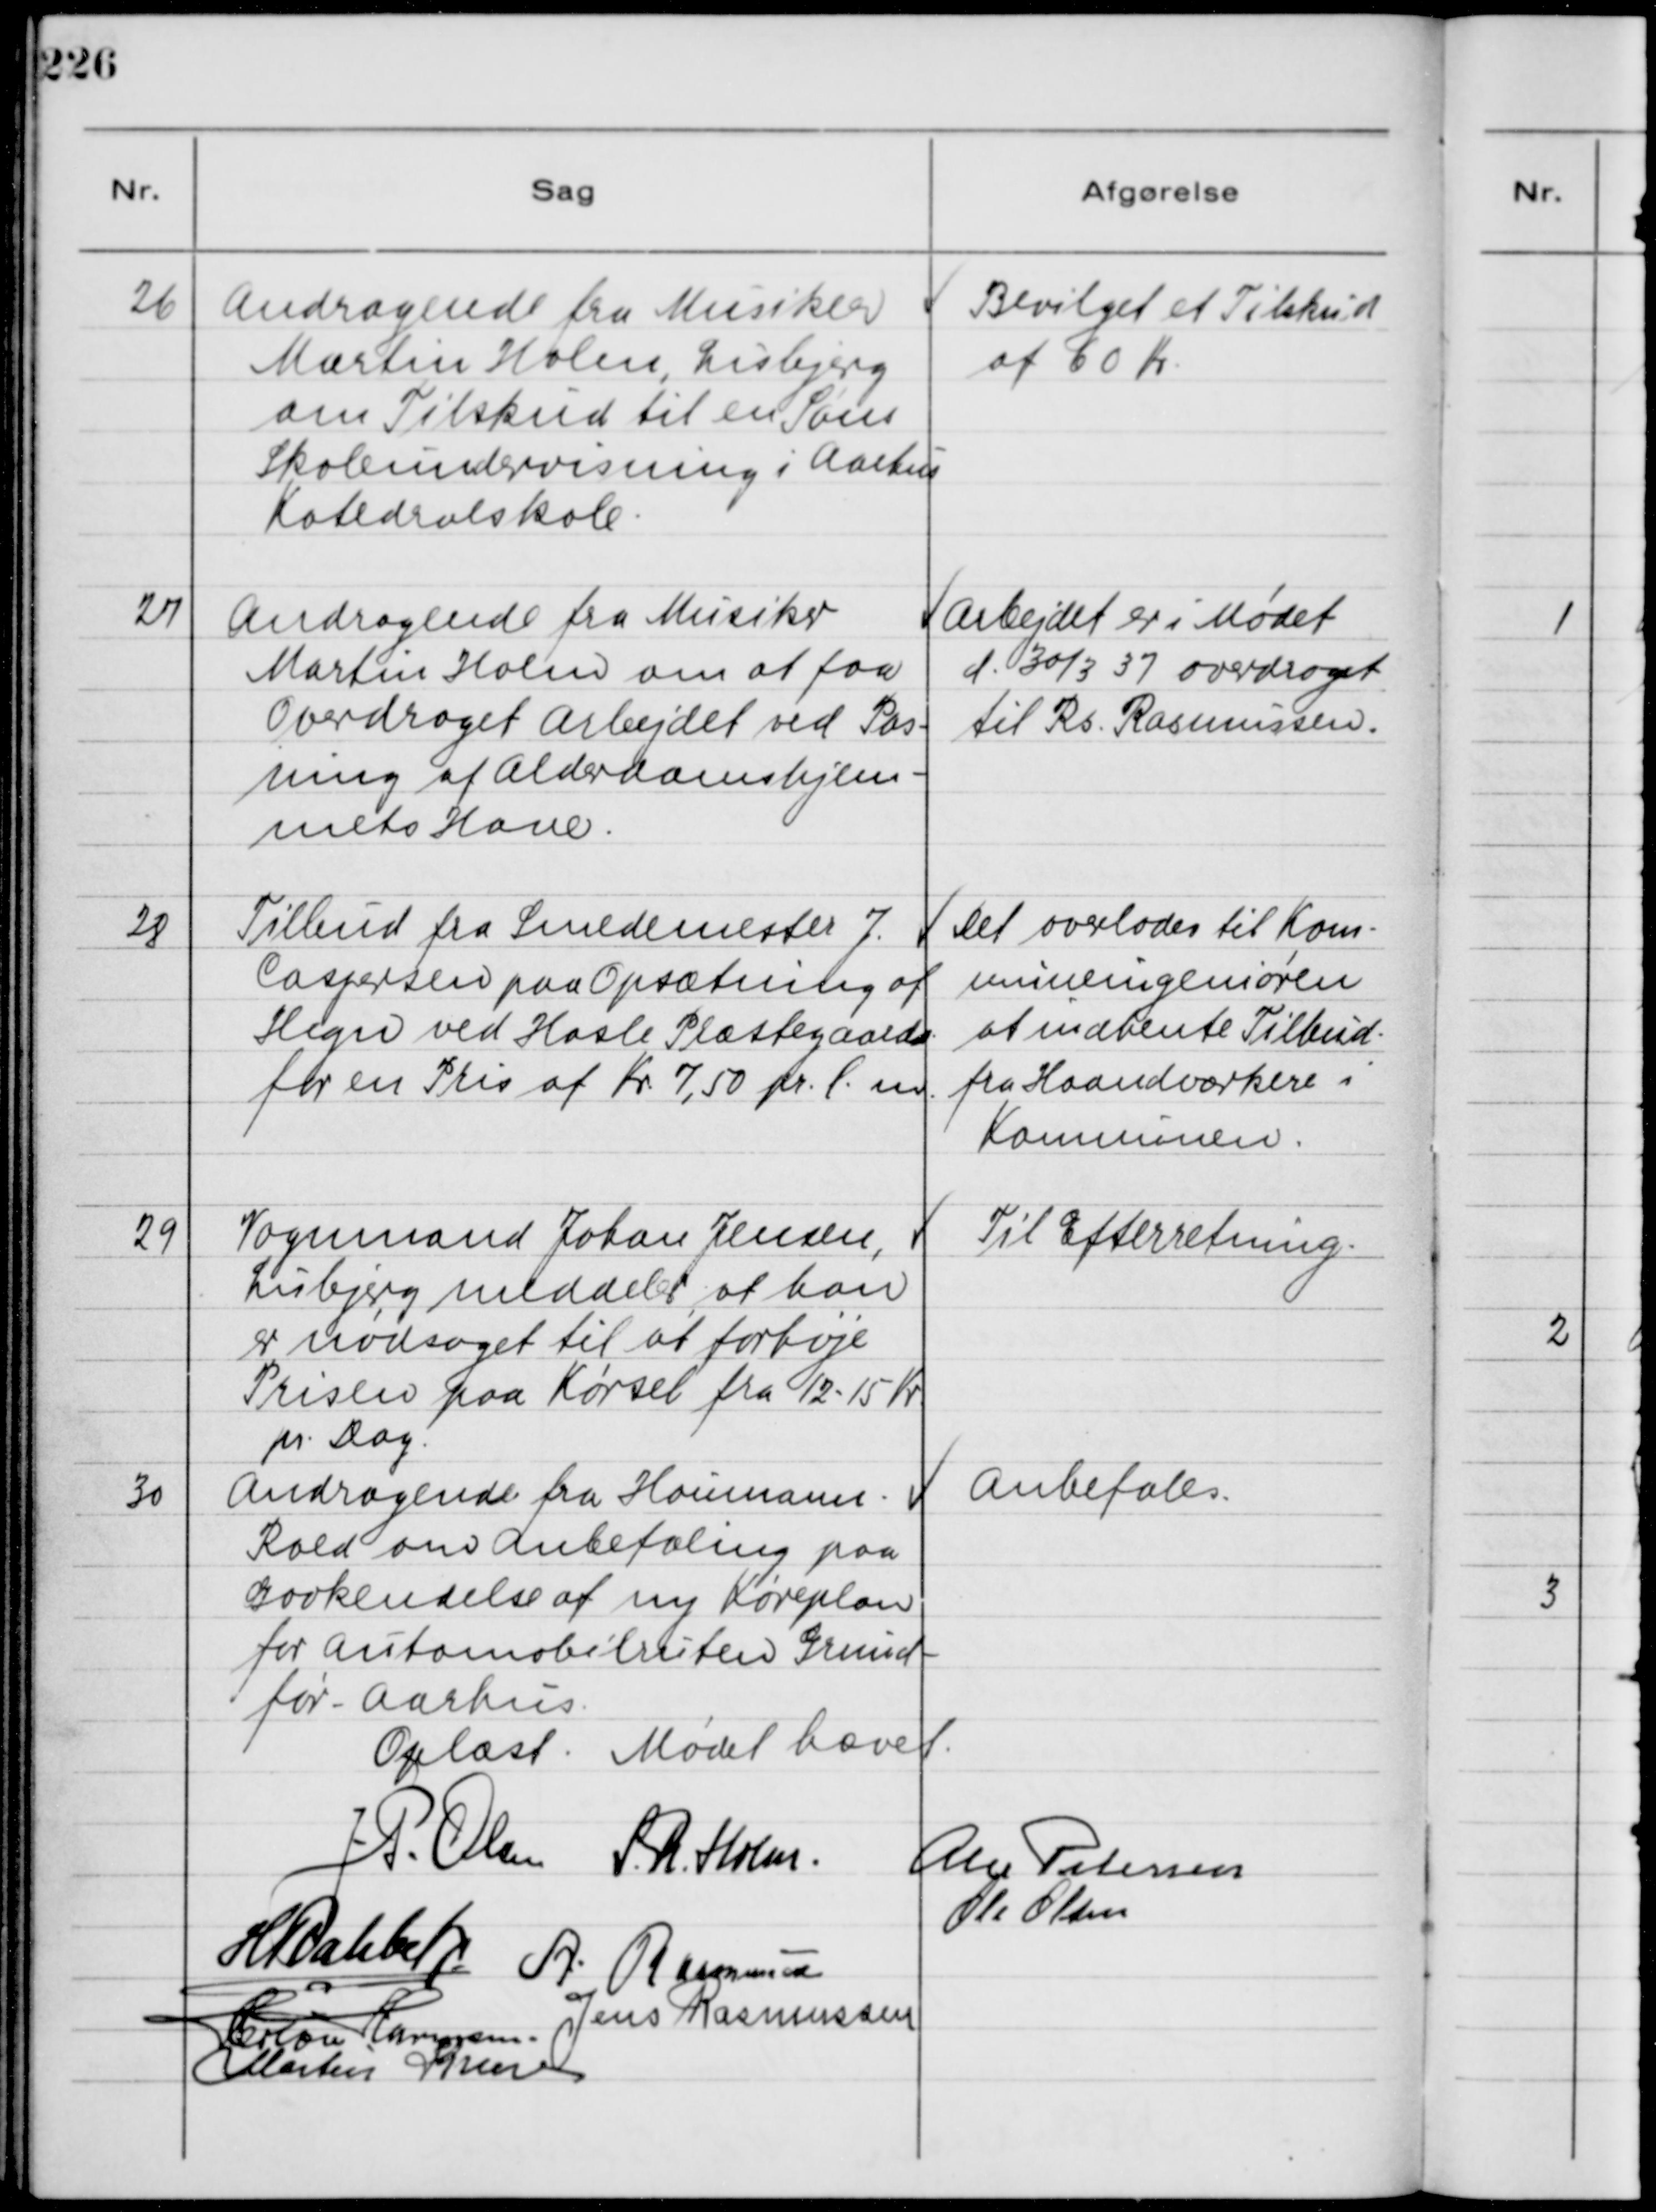
Transskription:
26
Andragende fra Musiker
Martin Holm, Lisbjerg
om Tilskud til en Søns
Skoleundervisning i Aarhus
Katedralskole.

Bevilget at Tilskud
af 60 Kr.

27
Andragende fra Musiker
Martin Holm om at faa
Overdraget Arbejdet ved Pas-
ning af Alderdomshjem-
mets Have.

Arbejdet er i Mødet
d. 30/3 37 overdraget
til Rs. Rasmussen.

28
Tilbud fra Smedemester J.
Caspersen paa Opsætning af
Hegn ved Hasle Plæstegaards-
for en Pris af Kr. 7,50 Kr. pr. l. m.

Det overlodes til Kom-
muneingeniøren
at indhente Tilbud .
fra Haandværkere i
Kommunen.

29
Vognmand Johan Jensen,
Lisbjerg meddeler at han
er nødsaget til at forhøje
Prisen paa Kørsel fra 12-15 Kr.
pr. Dag.

Til Efterretning.

30
Andragende fra Houmann
Rold om Anbefaling paa
Godkendelse af ny Køreplan
for Automobilruten Grund-
før - Aarhus.

Anbefales.

Oplæst. Mødet hævet.
J. P. Olsen
S. R. Holm
Alex Petersen
H. Rahbek
A. Rasmussen
Ole Olsen
Herlou Harmsen
Jens Rasmussen
Martin Kruse